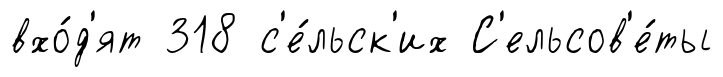
вхо́д'ят 318 с'е́льск'их С'ельсов'е́ты